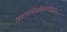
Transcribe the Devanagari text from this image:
पुराभिलेखागारातला